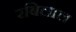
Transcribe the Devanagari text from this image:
रबिलाल